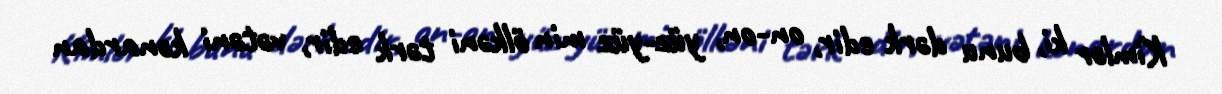
Kimlər ki, bunu dərk edir, on-on, yüz-yüz min ölkəni tərk edir, vətəni kənardan